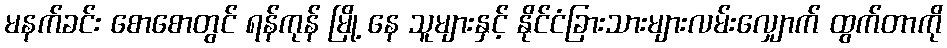
မနက်ခင်း စောစောတွင် ရန်ကုန် မြို့ နေ သူများနှင့် နိုင်ငံခြားသားများလမ်းလျှောက် ထွက်တာကို